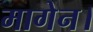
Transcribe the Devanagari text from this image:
मागेन।